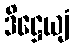
ဒိဋ္ဌေယျံ